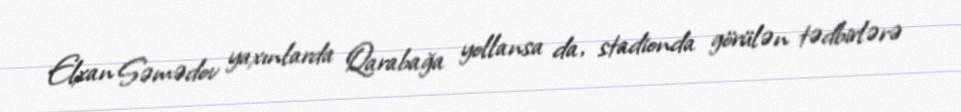
Elxan Səmədov yaxınlarda Qarabağa yollansa da, stadionda görülən tədbirlərə